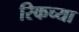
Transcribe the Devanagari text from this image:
रिकच्या